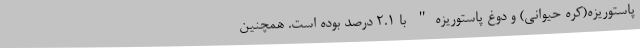
پاستوریزه(کره حیوانی) و دوغ پاستوریزه" با ٢.١ درصد بوده است. همچنین